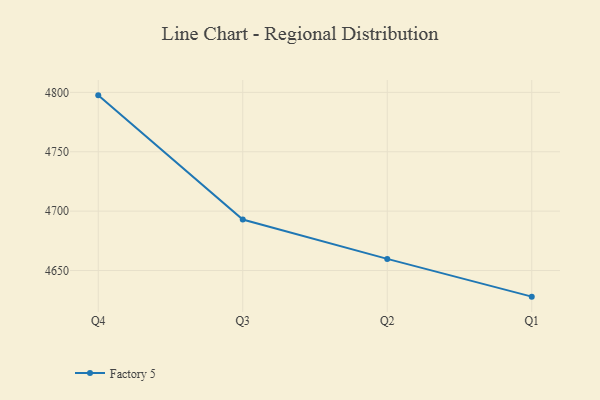
{"axis": {"x": "Quarter", "y": "Page Views"}, "legend": ["Factory 5"], "data": [{"x": "Q4", "y": 4797.5, "type": "Factory 5"}, {"x": "Q3", "y": 4692.9, "type": "Factory 5"}, {"x": "Q2", "y": 4659.8, "type": "Factory 5"}, {"x": "Q1", "y": 4628.0, "type": "Factory 5"}]}